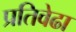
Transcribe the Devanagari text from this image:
प्रतिवेढा